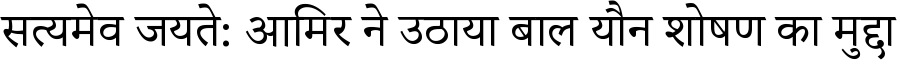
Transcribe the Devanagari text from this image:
सत्यमेव जयते: आमिर ने उठाया बाल यौन शोषण का मुद्दा